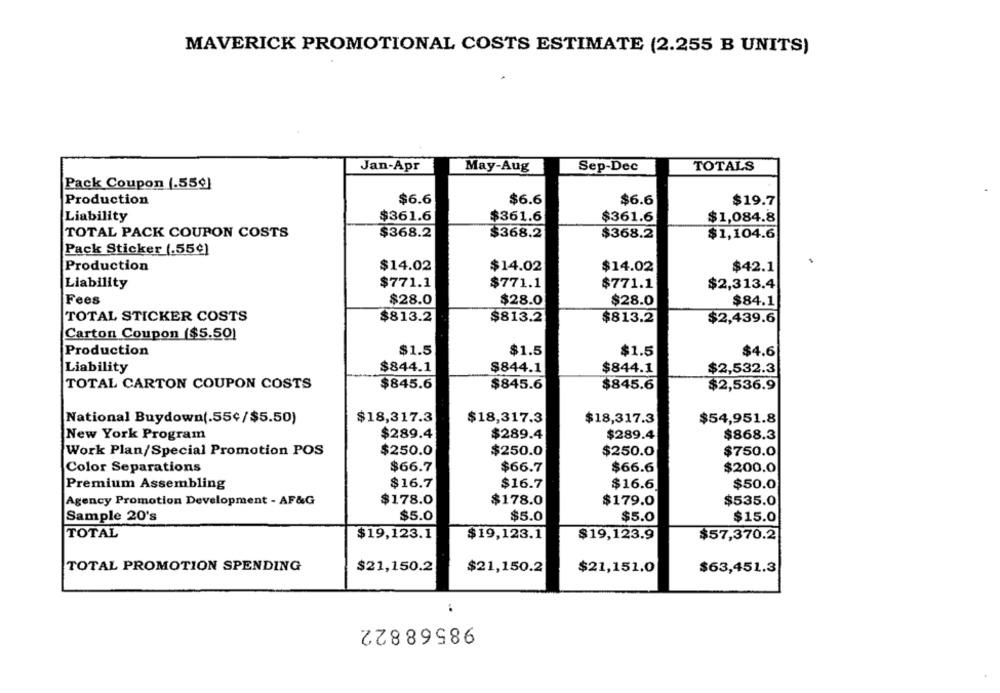
MAVERICK PROMOTIONAL COSTS ESTIMATE (2.255 B UNITS)
Jan-Apr
TOTALS
May-Aug
Sep-Dec
Pack Coupon (.559]
Production
$6.6
$6.6
$6.6
$19.7
Liability
$361.6
$361.6
$361.6
$1,084.8
TOTAL PACK COUPON COSTS
$368.2
$368.2
$368.2
$1,104.6
Pack Sticker (.55¢)
Production
$14.02
$14.02
$14.02
$42.1
Liability
$771.1
$771.1
$771.1
$2,313.4
Fees
$28.0
$28.0
$28.0
$84.1
TOTAL STICKER COSTS
$813.2
$813.2
$813.2
$2,439.6
Carton Coupon ($5.50)
Production
$1.5
$1.5
$1.5
$4.6
Liability
$844.1
$844.1
$844.1
$2,532.3
TOTAL CARTON COUPON COSTS
$845.6
$845.6
$845.6
$2,536.9
National Buydown(.55¢/$5.50)
$18,317.3
$18,317.3
$18,317.3
$54,951.8
New York Program
$289.4
$289.4
$289.4
$868.3
$250.0
Work Plan/Special Promotion POS
$250.0
$250.0
$750.0
Color Separations
$66.7
$66.7
$66.6
$200.0
Premium Assembling
$16.7
$16.7
$16.6
$50.0
Agency Promotion Development - AF&G
$178.0
$178.0
$179.0
$535.0
Sample 20's
$5.0
$5.0
$5.0
$15.0
TOTAL
$19,123.1
$19,123.1
$19,123.9
$57,370.2
TOTAL PROMOTION SPENDING
$21,150.2
$21,150.2
$21,151.0
$63,451.3
98568822